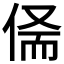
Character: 𠉺